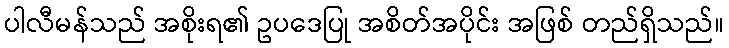
ပါလီမန်သည် အစိုးရ၏ ဥပဒေပြု အစိတ်အပိုင်း အဖြစ် တည်ရှိသည်။